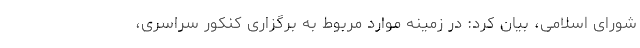
شورای اسلامی، بیان کرد: در زمینه موارد مربوط به برگزاری کنکور سراسری،